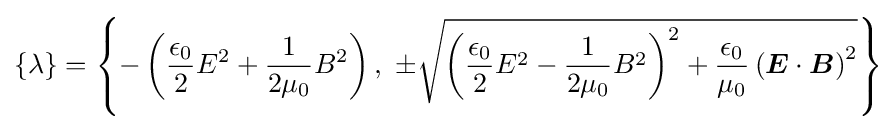
\{\lambda \}=\left\{-\left({\frac {\epsilon _{0}}{2}}E^{2}+{\frac {1}{2\mu _{0}}}B^{2}\right),~\pm {\sqrt {\left({\frac {\epsilon _{0}}{2}}E^{2}-{\frac {1}{2\mu _{0}}}B^{2}\right)^{2}+{\frac {\epsilon _{0}}{\mu _{0}}}\left({\boldsymbol {E}}\cdot {\boldsymbol {B}}\right)^{2}}}\right\}